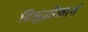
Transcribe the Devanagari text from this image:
विशुद्धीमार्ग